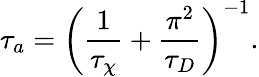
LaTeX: \tau_{a}=\left(\frac{1}{\tau_{\chi}}+\frac{\pi^{2}}{\tau_{D}}\right)^{-1}.